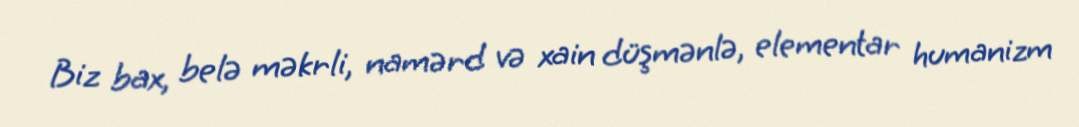
Biz bax, belə məkrli, namərd və xain düşmənlə, elementar humanizm